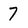
Character: 7